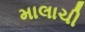
માલાચી